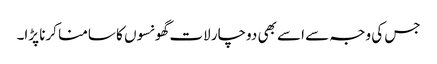
جس کی وجہ سے اسے بھی دوچار لات گھونسوں کا سامنا کرنا پڑا۔